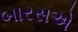
બારસએ